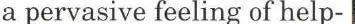
a pervasive feeling of help-